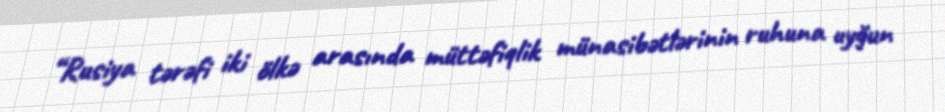
“Rusiya tərəfi iki ölkə arasında müttəfiqlik münasibətlərinin ruhuna uyğun